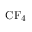
\mathrm { { C F _ { 4 } } }